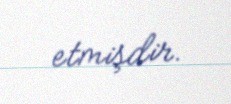
etmişdir.